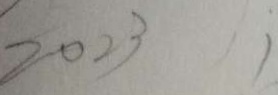
2 0 2 3 1